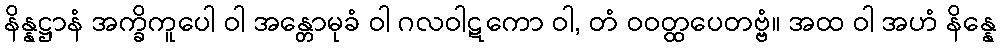
နိန္နဋ္ဌာနံ အက္ခိကူပေါ ဝါ အန္တောမုခံ ဝါ ဂလဝါဋကော ဝါ, တံ ဝဝတ္ထပေတဗ္ဗံ။ အထ ဝါ အဟံ နိန္နေ